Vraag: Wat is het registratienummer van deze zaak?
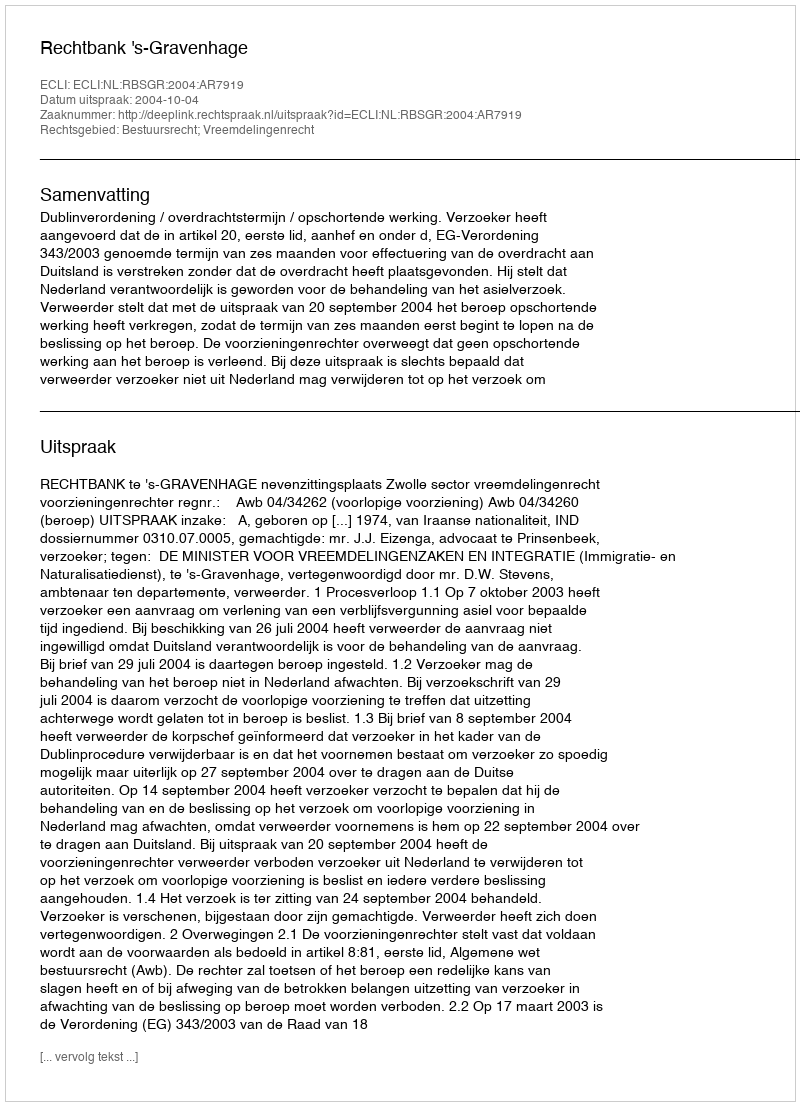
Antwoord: http://deeplink.rechtspraak.nl/uitspraak?id=ECLI:NL:RBSGR:2004:AR7919